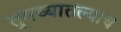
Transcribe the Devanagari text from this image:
तुमच्यातल्याच